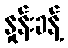
နှုန်းခန့်